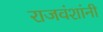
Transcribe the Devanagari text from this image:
राजवंशांनी